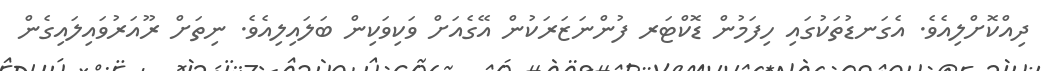
ދިއްކޮށްލިއެވެ. އެގަނޑުތަކުގައި ހިފަމުން ޑޮކްޓަރ ފުންނަޒަރަކުން އޭގެއަށް ވަކިވަކިން ބަލައިލިއެވެ. ނިތަށް ރޫއަރުވައިލައިގެން